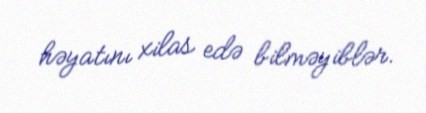
həyatını xilas edə bilməyiblər.